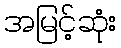
အမြင့်ဆုံး